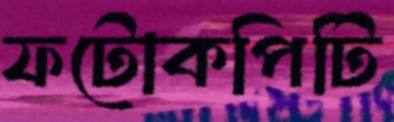
ফটোকপিটি